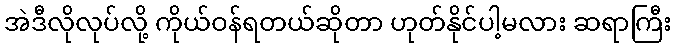
အဲဒီလိုလုပ်လို့ ကိုယ်ဝန်ရတယ်ဆိုတာ ဟုတ်နိုင်ပါ့မလား ဆရာကြီး